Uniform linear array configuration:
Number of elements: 8
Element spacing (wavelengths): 0.5
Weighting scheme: binomial
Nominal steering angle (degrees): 15
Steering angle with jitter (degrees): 15.315
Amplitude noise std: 0.05
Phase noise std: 0.05

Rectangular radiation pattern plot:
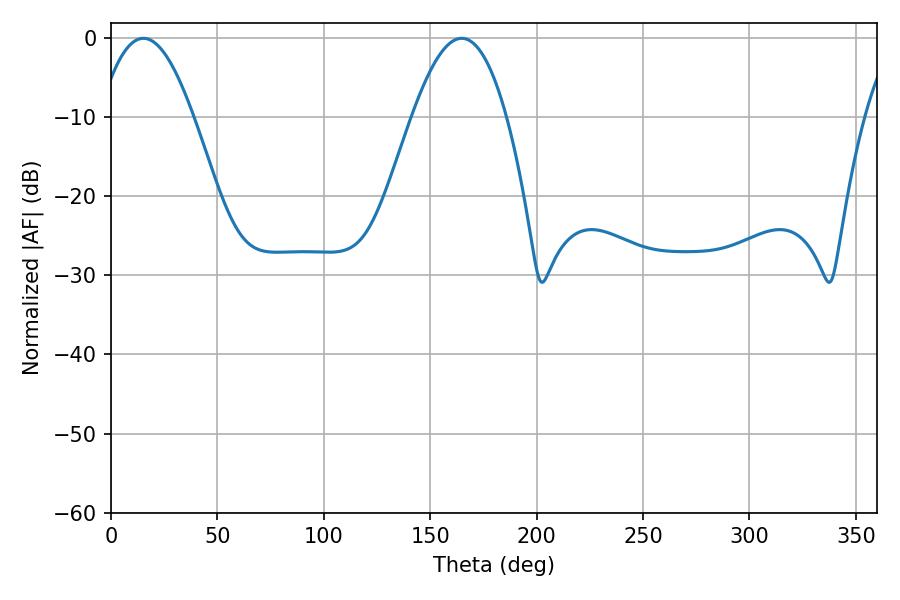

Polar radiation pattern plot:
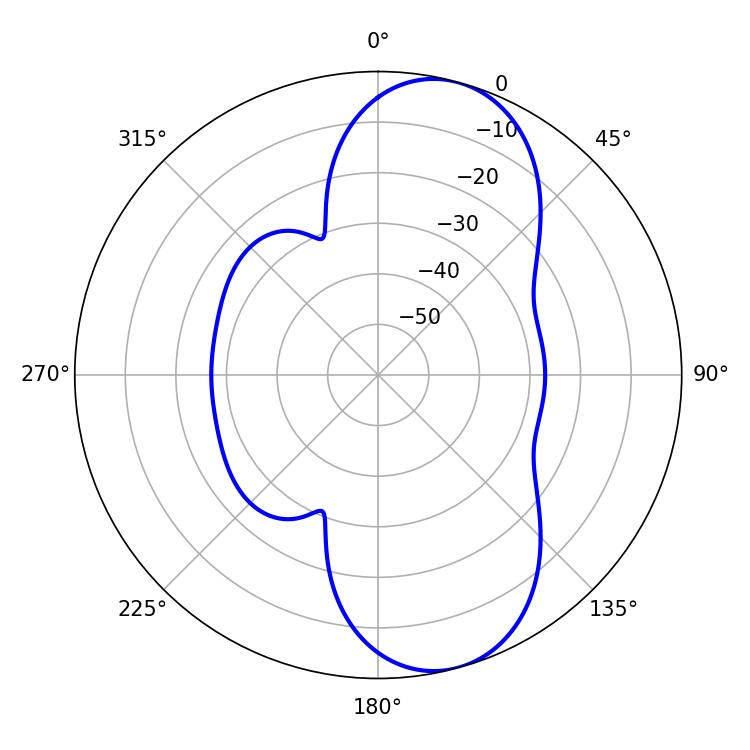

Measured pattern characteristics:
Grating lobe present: FALSE
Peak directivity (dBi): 9.086
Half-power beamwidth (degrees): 24.3
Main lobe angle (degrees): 15.3